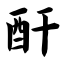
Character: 酐